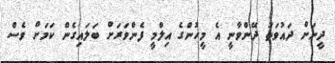
ދީނަށް ދައުވަތު ދޭންވާނީ އެ މީހުންގެ އިލްމީ ފެންވަރަށް ބަލައިގެންް ކަމަށް ވެސް